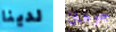
لدينا جوهان